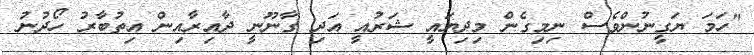
"ހަމަ ޔަގީނުންވެސް ނިމިގެން މިދިޔައީ ޝަރުއީ އަދި ގާނޫނީ ދާއިރާއިން އިތުބާރު ހޯދުނު